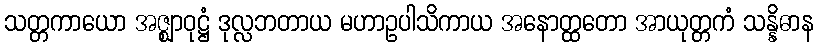
သတ္တကာယော အဇ္ဈာဝုဋ္ဌံ ဒုလ္လဘတာယ မဟာဥပါသိကာယ အနောတ္ထတော အာယုတ္တကံ သန္နိဓာန